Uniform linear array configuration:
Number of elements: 4
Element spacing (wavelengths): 1
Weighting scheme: hamming
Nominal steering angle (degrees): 15
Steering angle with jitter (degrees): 13.386
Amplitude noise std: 0.05
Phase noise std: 0.05

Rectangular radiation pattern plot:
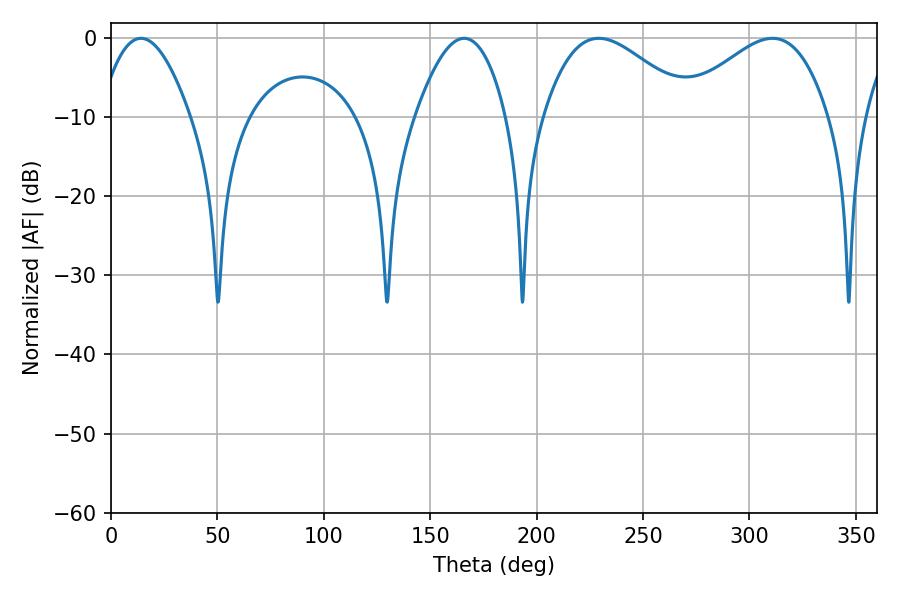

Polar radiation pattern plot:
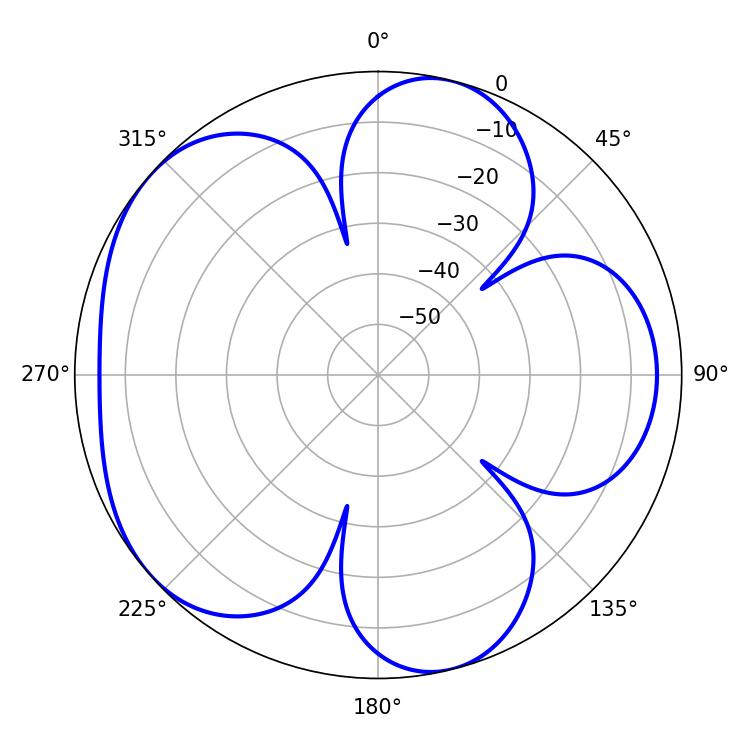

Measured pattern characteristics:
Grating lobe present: TRUE
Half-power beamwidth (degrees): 37.8
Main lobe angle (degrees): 229.14